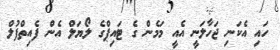
ހައި އެކަނި ޖަހާލަނީ އެއީ މަމެން ގެ ޓައިޕްގެ ލޯޔަލް އެން ފެއިތްފުލް